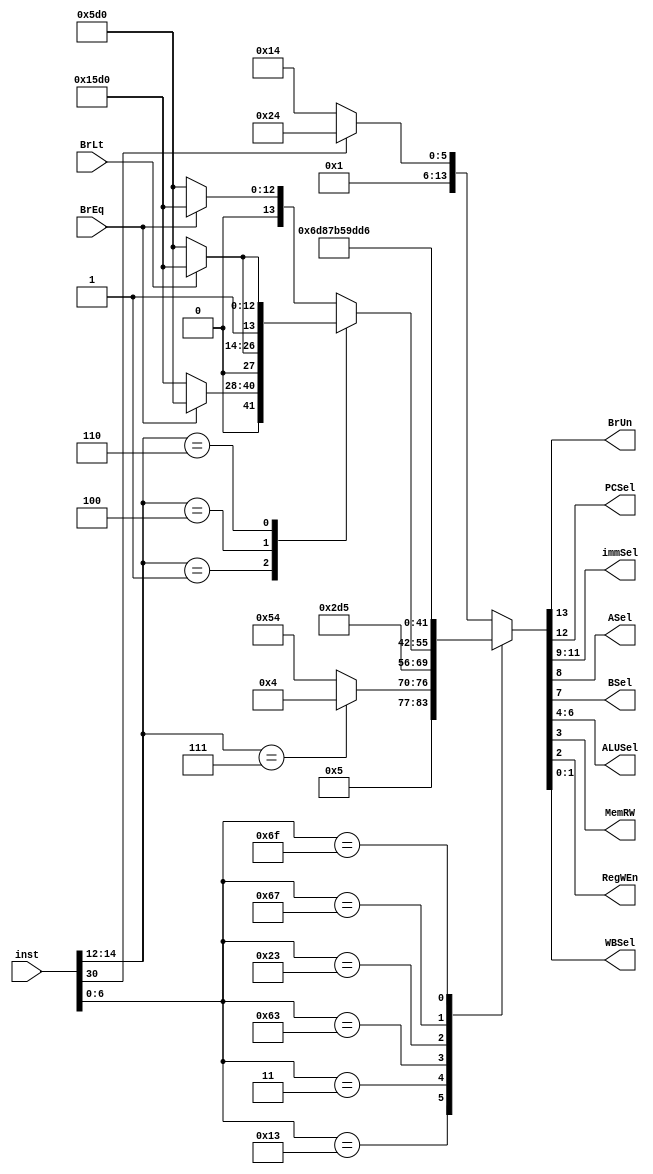
module Control_Unit(inst,BrEq,BrLt,BrUn,PCSel,immSel,ASel,BSel,ALUSel,MemRW,RegWEn,WBSel);
parameter DATA_LENGTH = 4;
parameter INST_LENGTH = 32;
parameter OUTPUT_LENGTH = 14;
parameter OPCODE_LENGTH = 7;


input [INST_LENGTH - 1:0] inst;
input BrEq,BrLt;

output reg [2:0] ALUSel, immSel;
output reg [1:0] WBSel;
output reg BrUn,PCSel,ASel,BSel,MemRW,RegWEn;

reg [OUTPUT_LENGTH-1:0] out;
reg [OPCODE_LENGTH-1:0] opcode;
reg [2:0] funct3; 

initial
begin 
	PCSel = 1'b0;
end

always @(inst or BrEq or BrLt)
begin
opcode = inst[6:0];
funct3 = inst[14:12];

	case (opcode)
//R type
		7'b0110011:
		begin
			case(funct3)
			//add & sub
				3'b000:
				begin
					case(inst[30])
					//add
						1'b0: out = 14'b0_0_000_0_0_101_0_1_00;
					//sub
						1'b1: out = 14'b0_0_000_0_0_110_0_1_00;
					endcase
				end
			endcase
		end
		
		
//I type
	//kieu tinh toan
		7'b0010011:	
		begin
			case(funct3)
			//addi
				3'b000: out = 14'b0_0_001_0_1_101_0_1_00;
			//andi
				3'b111: out = 14'b0_0_001_0_1_000_0_1_00;
			endcase
		end
		
	//kieu load
		7'b0000011:
		begin
			case(funct3)
			//lw
				3'b010: out = 14'b0_0_001_0_1_101_0_1_01;
			endcase
		end
		
//B type
		7'b1100011:
		begin
			case(funct3)
			//beq
				3'b000:
				begin
					case(BrEq)
					//khong bang
						1'b0: out = 14'b0_0_010_1_1_101_0_0_00;
					// bang nhau 
						1'b1: out = 14'b0_1_010_1_1_101_0_0_00;
					endcase
				end
			//bne
				3'b001:
				begin
					case(BrEq)
					//khong bang
						1'b0: out = 14'b0_1_010_1_1_101_0_0_00;
					//bang nhau
						1'b1: out = 14'b0_0_010_1_1_101_0_0_00;
					endcase
				end
			//blt
				3'b100:
				begin
					case(BrLt)
					//lon hon
						1'b0: out = 14'b0_0_010_1_1_101_0_0_00;
					//nho hon
						1'b1: out = 14'b0_1_010_1_1_101_0_0_00;
					endcase
				end
			//bltu
				3'b110:
				begin
					case(BrLt)
					//lon hon
						1'b0: out = 14'b1_0_010_1_1_101_0_0_00;
					//nho hon
						1'b1: out = 14'b1_1_010_1_1_101_0_0_00;
					endcase
				end
			endcase
		end

//S type
		7'b0100011:
		begin
			case(funct3)
			//sw 
				3'b010: out = 14'b0_0_011_0_1_101_1_0_00;
			endcase
		end

//J type (jalr)
		7'b1100111:
		begin
			case(funct3)
			//jalr
				3'b000: out = 14'b0_1_111_0_1_101_0_1_10;
			endcase
		end
		
//J type (jal)
		7'b1101111: out = 14'b0_1_110_1_1_101_0_1_10;

	endcase
	
	{BrUn,PCSel,immSel,ASel,BSel,ALUSel,MemRW,RegWEn,WBSel} = out;
end 

endmodule